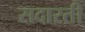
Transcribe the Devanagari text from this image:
सदारती